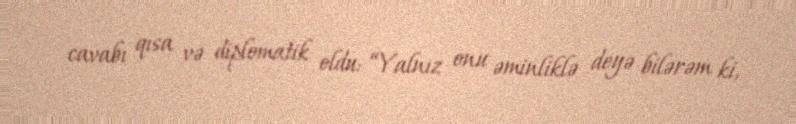
cavabı qısa və diplomatik oldu: “Yalnız onu əminliklə deyə bilərəm ki,